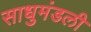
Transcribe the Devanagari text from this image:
साधुमंडली